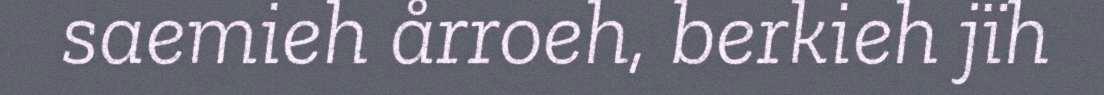
saemieh årroeh, berkieh jïh